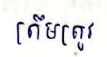
ត្រឹមត្រូវ